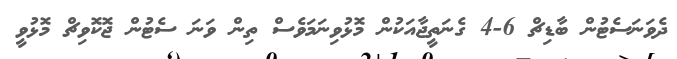
ދެވަނަސެޓުން ބާޑިޗް 6-4 ގެނަތީޖާއަކުން މޮޅުވިނަމަވެސް ތިން ވަނަ ސެޓުން ޖޮކޮވިޗް މޮޅުވީ